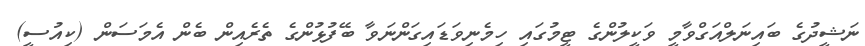
ނަޝީދުގެ ބައިނަލްއަގްވާމީ ވަކީލުންގެ ޓީމުގައި ހިމެނިވަޑައިގަންނަވާ ބޭފުޅުންގެ ތެރެއިން ބެން އެމަސަން (ކިއުސީ)